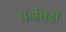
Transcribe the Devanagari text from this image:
पडबिद्री